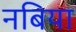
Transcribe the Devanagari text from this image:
नबिया